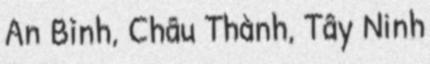
An Bình, Châu Thành, Tây Ninh